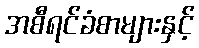
အစီရင်ခံစာများနှင့်